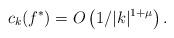
LaTeX: \begin{align*}c_k(f^*) = O\left(1/|k|^{1+\mu}\right).\end{align*}